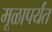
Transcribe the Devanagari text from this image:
मूळापर्यंत